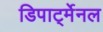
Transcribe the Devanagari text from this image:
डिपार्ट्मेनल